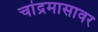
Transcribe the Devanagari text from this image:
चांद्रमासावर